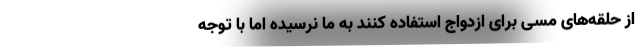
از حلقه‌های مسی برای ازدواج استفاده کنند به ما نرسیده اما با توجه